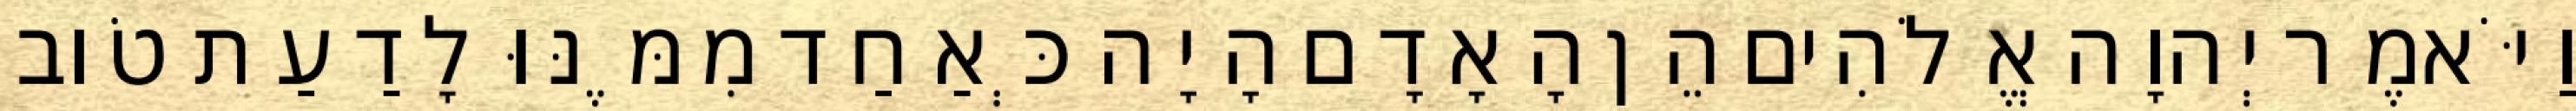
וַיֹּאמֶר יְהוָה אֱלֹהִים הֵן הָאָדָם הָיָה כְּאַחַד מִמֶּנּוּ לָדַעַת טֹוב